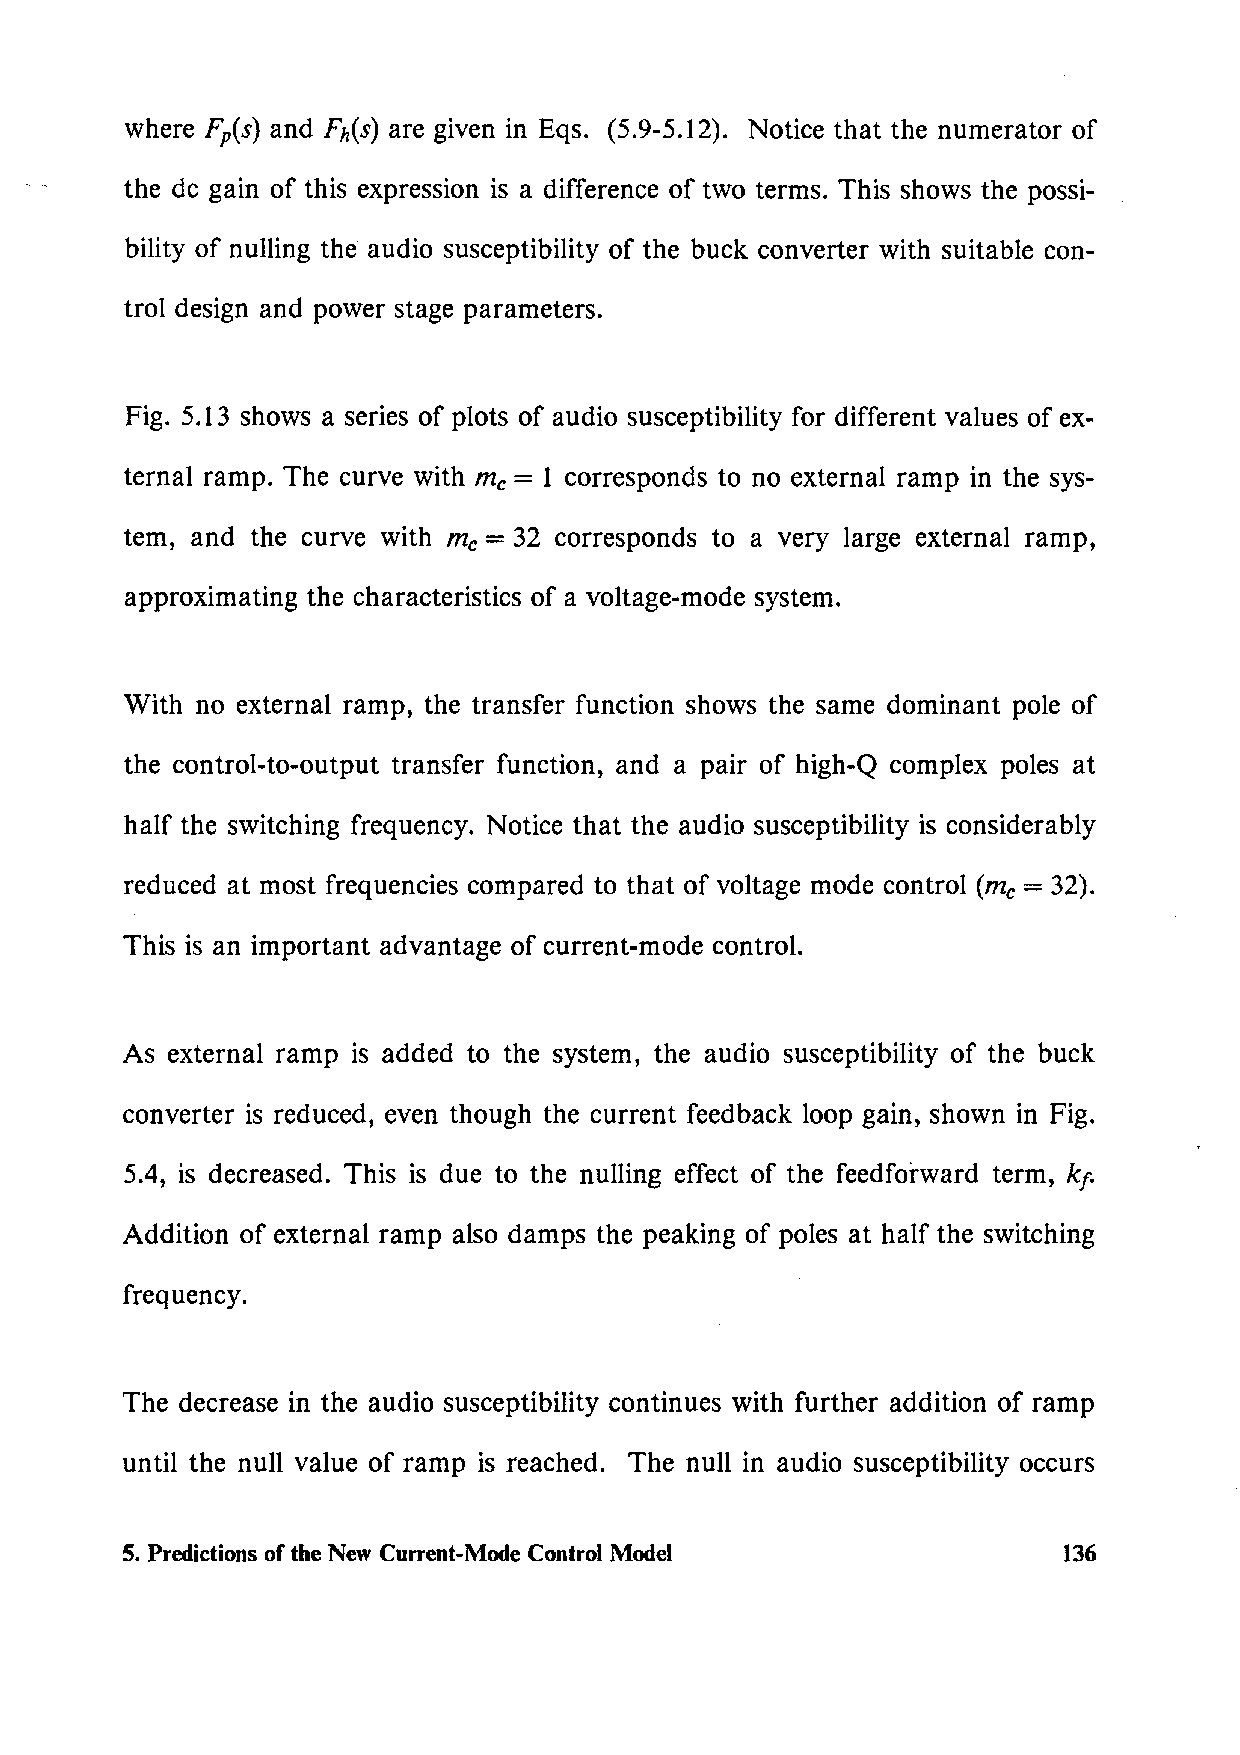
where Fp(s) and Fh(s) are given in Eqs. (5.9-5.12). Notice that the numerator of
 the de gain of this expression is a difference of two terms. This shows the possi-
 bility of nulling the audio susceptibility of the buck converter with suitable con-
 trol design and power stage parameters.
 Fig. 5.13 shows a series of plots of audio susceptibility for different values of ex-
 ternal ramp. The curve with me = l corresponds to no external ramp in the sys-
 tem, and the curve with me = 32 corresponds to a very large external ramp,
 approximating the characteristics of a voltage-mode system.
 With no external ramp, the transfer function shows the same dominant pole of
 the control-to-output transfer function, and a pair of high-Q complex poles at
 half the switching frequency. Notice that the audio susceptibility is considerably
 reduced at most frequencies compared to that of voltage mode control (me= 32).
 This is an important advantage of current-mode control.
 As external ramp is added to the system, the audio susceptibility of the buck
 converter is reduced, even though the current feedback loop gain, shown in Fig.
 5.4, is decreased. This is due to the nulling effect of the feedforward term, kt.
 Addition of external ramp also damps the peaking of poles at half the switching
 frequency.
 The decrease in the audio susceptibility continues with further addition of ramp
 until the null value of ramp is reached. The null in audio susceptibility occurs
 5. Predictions of the New Current-Mode Control Model          136